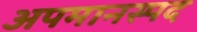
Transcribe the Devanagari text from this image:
अपमानस्पद